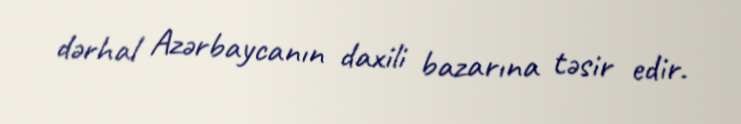
dərhal Azərbaycanın daxili bazarına təsir edir.